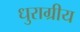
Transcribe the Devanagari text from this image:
धुराग्रीय